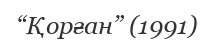
“Қорған” (1991)